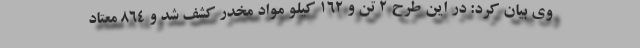
وی بیان کرد: در این طرح ۲ تن و ۱۶۲ کیلو مواد مخدر کشف شد و ۸۶۴ معتاد